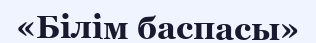
«Білім баспасы»